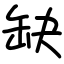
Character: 缺